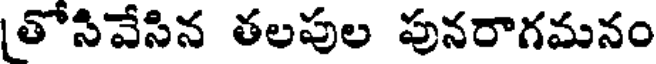
తోసివేసిన తలపుల పునరాగమనం